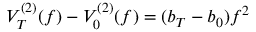
V _ { T } ^ { ( 2 ) } ( f ) - V _ { 0 } ^ { ( 2 ) } ( f ) = ( b _ { T } - b _ { 0 } ) f ^ { 2 }